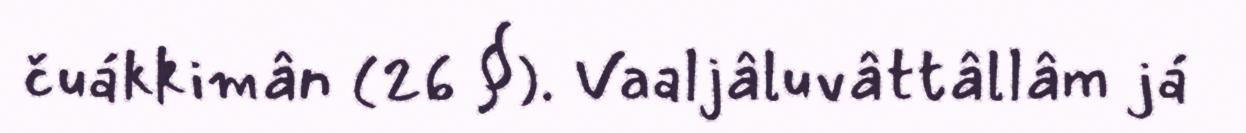
čuákkimân (26 §). Vaaljâluvâttâllâm já